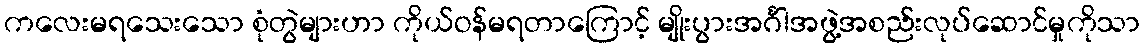
ကလေးမရသေးသော စုံတွဲများဟာ ကိုယ်ဝန်မရတာကြောင့် မျိုးပွားအင်္ဂါအဖွဲ့အစည်းလုပ်ဆောင်မှုကိုသာ